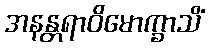
အနန္တရာဝိမောက္ခာသိံ